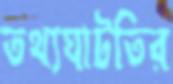
তথ্যঘাটতির